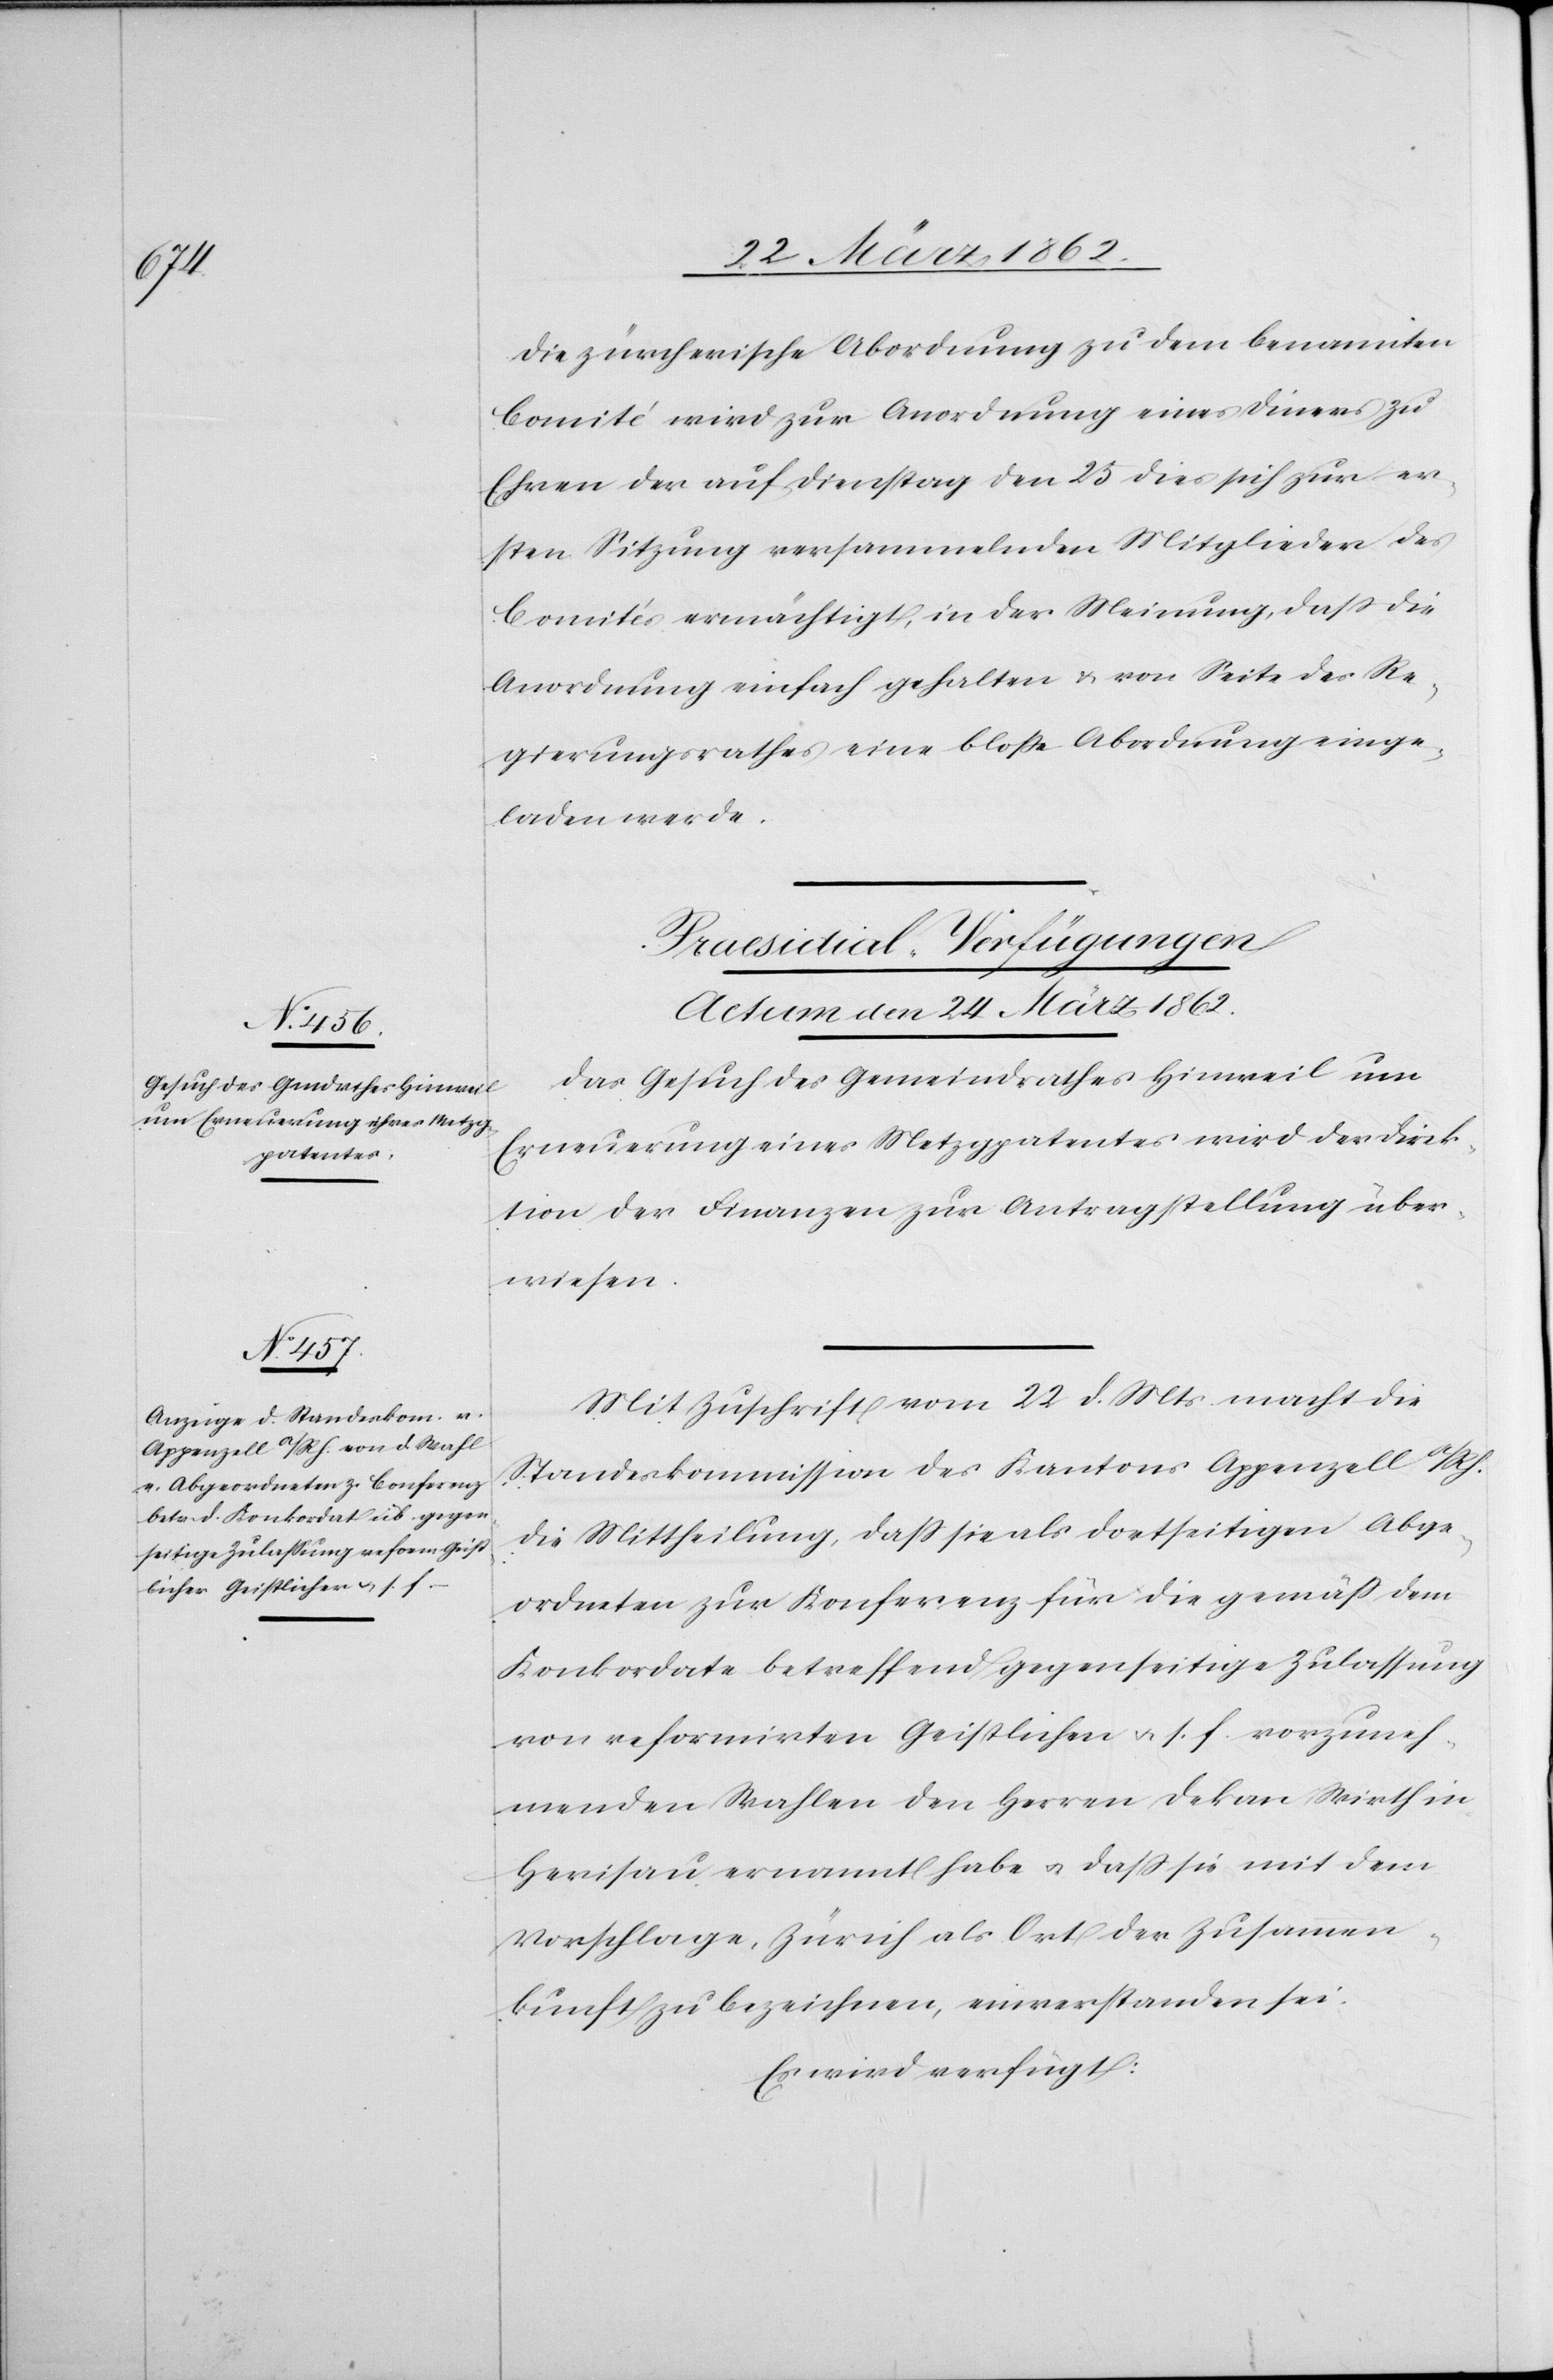
Die zürcherische Abordnung zu dem benannten
Comité wird zur Anordnung eines Diners zu
Ehren der auf Dienstag den 25 dies sich zur er¬
sten Sitzung versammelnden Mitglieder des
Comités ermächtigt, in der Meinung, daß die
Anordnung einfach gehalten & von Seite des Re¬
gierungsrathes eine bloße Abordnung einge¬
laden werde.
[Praesidial-Verfügungen
Actum den 24 März 1862.]
Das Gesuch des Gemeindrathes Hinweil um
Erneuerung eines Metzgpatentes wird der Direk¬
tion der Finanzen zur Antragstellung über¬
wiesen.
Mit Zuschrift vom 22 d. Mts. macht die
Standeskommission des Kantons Appenzell a/Rh.
die Mittheilung, daß sie als dortseitigen Abge¬
ordneten zur Konferenz für die gemäß dem
Konkordate betreffend gegenseitige Zulassung
von reformirten Geistlichen u. s. f. vorzuneh¬
menden Wahlen den Herren Dekan Wirth in
Herisau ernannt habe u. daß sie mit dem
Vorschlage, Zürich als Ort der Zusammen¬
kunft zu bezeichnen, einverstanden sei.
Es wird verfügt: